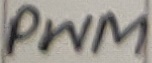
Text: PWM